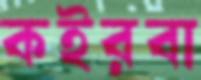
কইরবা